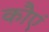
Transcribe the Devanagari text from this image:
कौएं